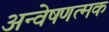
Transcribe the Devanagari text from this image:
अन्वेषणत्मक